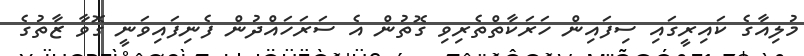
މުލިއާގެ ކައިރީގައި ސިފައިން ހަރަކާތްތެރިވި ގޮތުން އެ ސަރަހައްދުން ފެނިފައިވަނީ ގޮވާ ޒާތުގެ